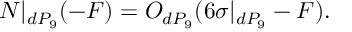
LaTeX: { \cal N } | _ { d P _ { 9 } } ( - F ) = { \cal O } _ { d P _ { 9 } } ( 6 \sigma | _ { d P _ { 9 } } - F ) .